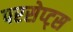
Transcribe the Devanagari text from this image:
परसेप्ट्स